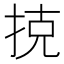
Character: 𢭪